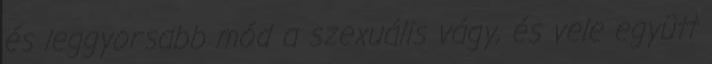
és leggyorsabb mód a szexuális vágy, és vele együtt